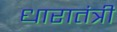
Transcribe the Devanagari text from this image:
धारातंत्री